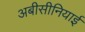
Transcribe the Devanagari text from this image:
अबीसीनियाई